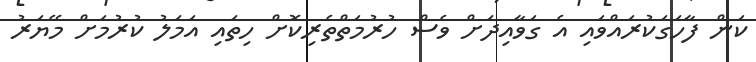
ކަން ފާހަގަކުރައްވައި އެ ގަވާއިދަށް ވެސް ހުރުމަތްތެރިކޮށް ހިތައި އަމަލު ކުރުމަށް މޭޔަރު